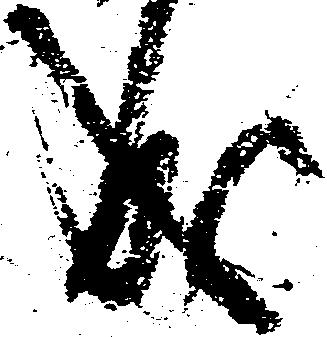
成